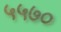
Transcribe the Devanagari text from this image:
५५७०